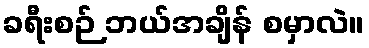
ခရီးစဉ် ဘယ်အချိန် စမှာလဲ။